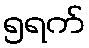
၅ရက်